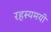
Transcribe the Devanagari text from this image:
रहस्‍यमयी